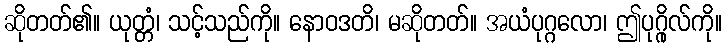
ဆိုတတ်၏။ ယုတ္တံ၊ သင့်သည်ကို။ နောဝဒတိ၊ မဆိုတတ်။ အယံပုဂ္ဂလော၊ ဤပုဂ္ဂိုလ်ကို။